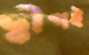
দ্বীপই